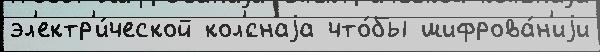
эл'ектр'и́ческой кол'́снаjа что́бы шифрова́н'иjи